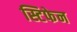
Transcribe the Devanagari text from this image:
स्टिफेन